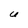
Character: U